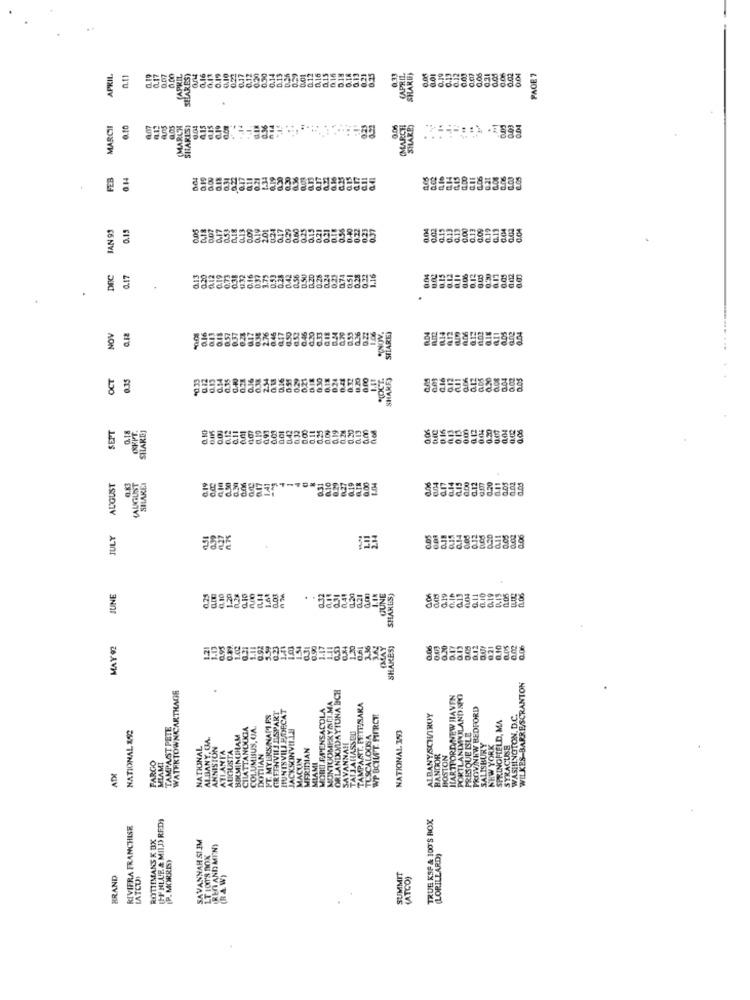
0.20
014
0.12
APRIL
0.07
SAPKIL
SELARES
0.16
0.11
0.15
0.22
0.17
0.12
0.01
0.16
0.15
0.16
0.05
0.01
0.19
0.12
0.03
0.31
PAGE 7
MARCHI
(MARCH
SITARIST
0.04
A.15
0.06
MARCH
0.03
FEB
0.14
1.04
022
4.17
1.00
JAN 93
0,15
0.07
0.04
0.02
0.19
0.00
0.09
0.19
0.13
0.04
0.04
0.05
0.13
0.17
0.12
1.42
SILARE)
0.12
NOV
0.18
0.13
0.12
0.04
OCT
0.35
0.13
0.14
0.78
134
0.21
9.10
0.20
0.45
SHAMEJ
2.09
0.16
0.12
0.30
SEPT
ORKFT .
SHAKES
0.24
0.20
0.13
0.06
0.16
0.00
119
Q.01
0.42
0.32
0.30
AUGUST
0.83
(AUGUST
SILAREN
0.17
6.00
0.04
0.17
0.12
am
0.20
0.11
JULY
0.05
0.18
0.12
0.00
0.06
Q10
Q.11
0.10
0.19
JUNE
0.25
0.10
1.20
0.03
0.44
JUNE
SHARES
MAY 92
IMAY
SHAKES)
0.06
0.20
121
0.06
ORLANIXNDAYIUNA ECH
WILKES-BARRESCRANTON
WATERTOWNCARTHAGE
MONTUOMEXYATI.MA
HARTFORD NEW HAVEN
PORTLANDPOLANDSPO
HUNISVILL PJDECAT
MOBU EPENSACOLA
TAMPAST. PETESARA
PROVINEW BEDFORD
LE MYERS NAPLES
GREENVILLESPART
WPOCIWT PIERCE
ALBANYSCHIROY
SPRINGFIELD, MA
WASHINGTON, D.C.
NATIONAL 152
TAMPAST PETE
CHATTANOOGA
H.UMISUS. UA.
JACKSONVILLE
ALBANY, UA.
BIRMINGHAM
TATJAHASSEO
TUSCALOOSA
NATIONAL 393
PRESQUE ISLE
NATIONAL
ANNISTON
ATLANTA
AUGUSTA
MERIDIAN
SAVANNAH
ALISBURY
NEW YORK
SYRACUSE
MITIAN
BANGOR
BOSTON
FARGO
MIAMI
MIAMI
ADE
(+ HLUE & MILD RED)
TRUE KSP & 100'S ROX
RIVIFRA FRANCHISE
ROTTIMANS K DX
SAVANNAH SI IM
TREN AND MENY
[P. MORRE)
LTIOT'S BOX
(LORILLARD)
BRAND
LATCUI
(RAW)
SUMMIT
(ATCO)